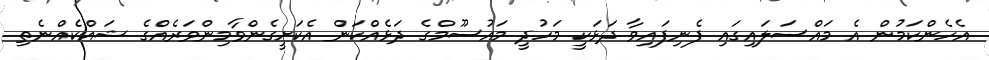
އެހެންކަމުން އެ މައްސަލައިގައި ފެނިފައިވާ ދަޅަކީ މަހުދީ މައުސޫމްގެ ދަޅެއްކަން އެކަށީގެންވާމިންވަރެއްގެ ޝައްކެއްނެތި